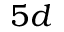
5 d